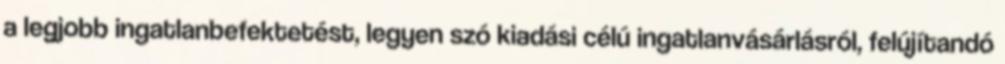
a legjobb ingatlanbefektetést, legyen szó kiadási célú ingatlanvásárlásról, felújítandó